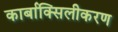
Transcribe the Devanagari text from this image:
कार्बाक्सिलीकरण